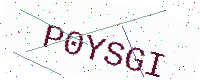
Text: P0YSGI